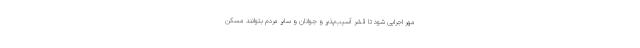
مهر اجرایی شود تا قشر آسیب‌پذیر و جوانان و سایر مردم بتوانند مسکن